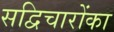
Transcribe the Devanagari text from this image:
सद्विचारोंका